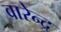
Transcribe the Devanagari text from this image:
वारेन्द्र